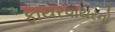
ફાયરવાયરનો